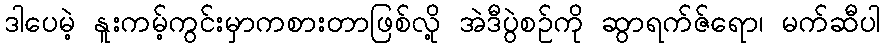
ဒါပေမဲ့ နူးကမ့်ကွင်းမှာကစားတာဖြစ်လို့ အဲဒီပွဲစဉ်ကို ဆွာရက်ဇ်ရော၊ မက်ဆီပါ